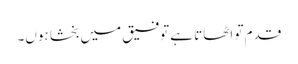
قدم تو اٹھاتا ہے توفیق میں بخشا ہوں۔